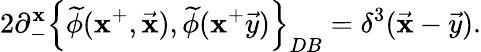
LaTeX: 2\partial_{-}^{\mathbf{x}}\left\{ \widetilde{{\phi}}(\mathbf{x}^{+},\vec{{\mathbf{x}}}),\widetilde{{\phi}}(\mathbf{x}^{+}\vec{{y}})\right\} _{DB}=\delta^{3}(\vec{{\mathbf{x}}}-\vec{{y}}).